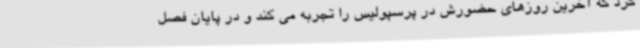
کرد که آخرین روزهای حضورش در پرسپولیس را تجربه می کند و در پایان فصل